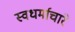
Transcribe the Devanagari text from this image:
स्वधर्माचारे